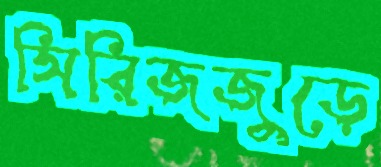
সিরিজজুড়ে